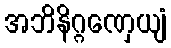
အဘိနိဂ္ဂဏှေယျံ